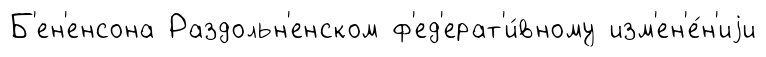
Б'ен'енсона Раздольн'енском ф'ед'ерат'и́вному изм'ен'е́н'иjи